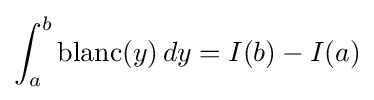
\int _{a}^{b}\operatorname {blanc} (y)\,dy=I(b)-I(a)